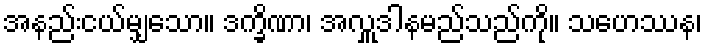
အနည်းငယ်မျှသော။ ဒက္ခိဏာ၊ အလှူဒါနမည်သည်ကို။ သဟေဿန၊